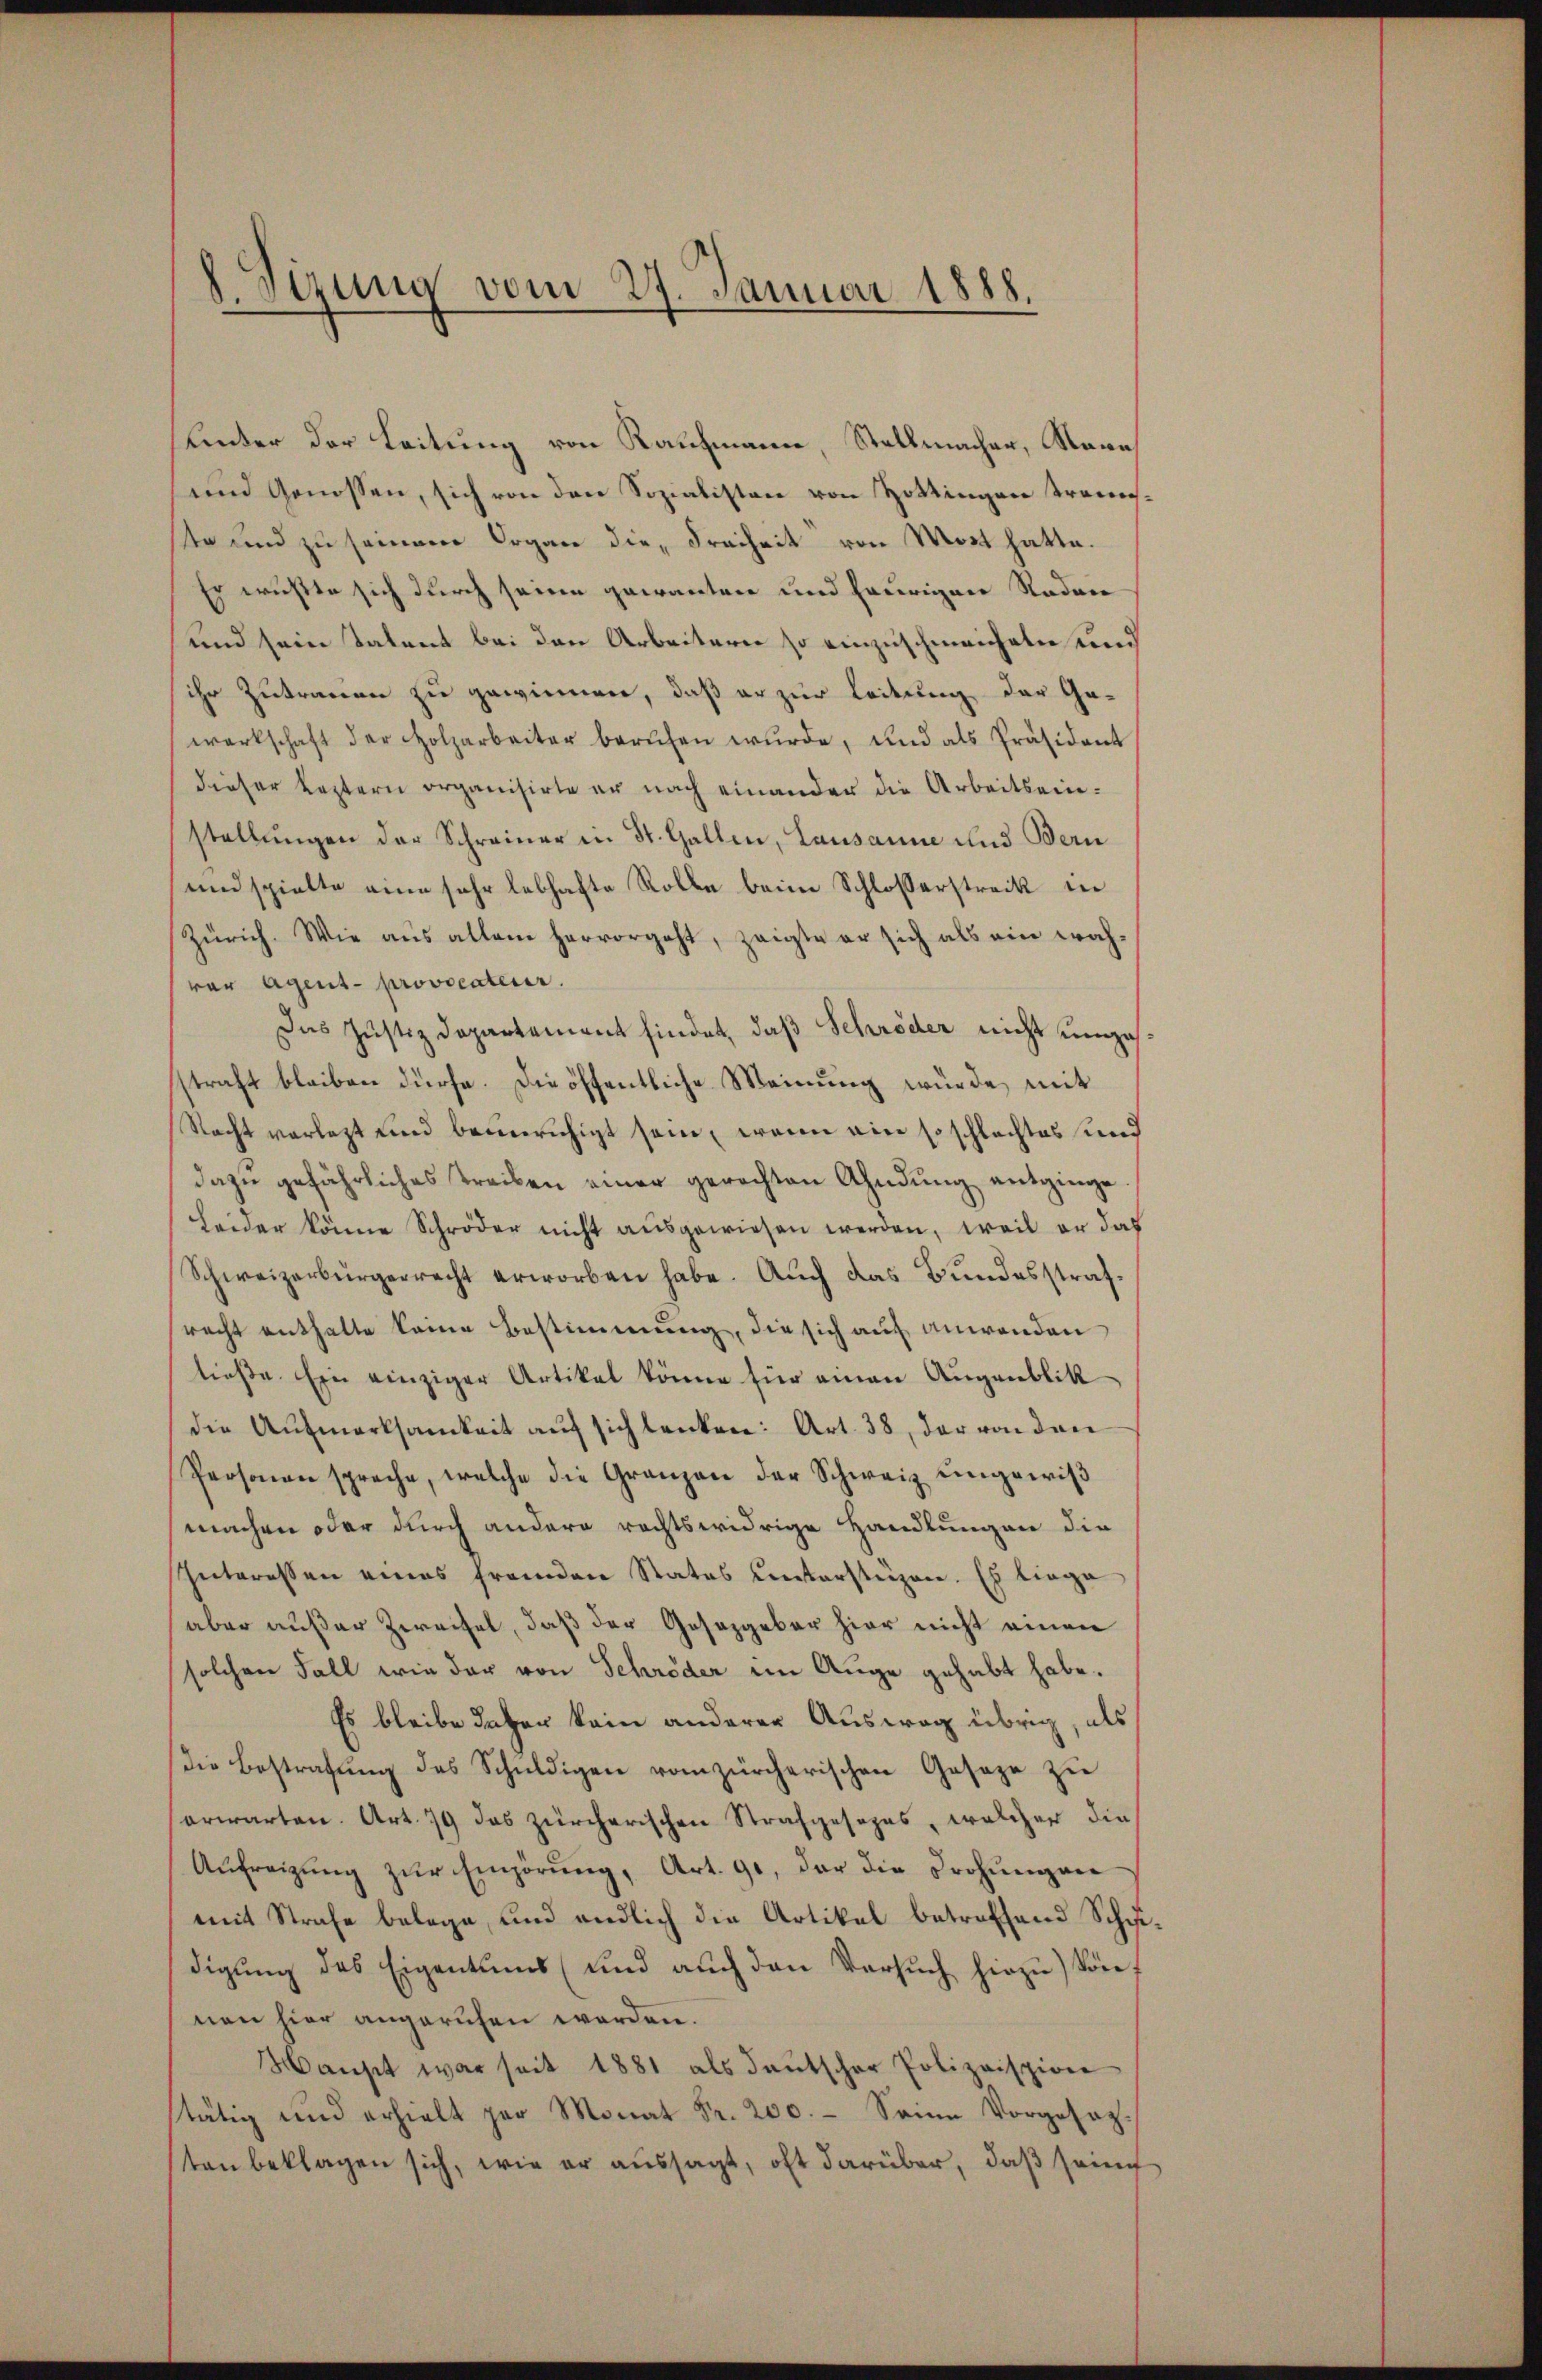
Sizung vom 27. Januar 1888.

Lnter der Leitung von Kaufmann, Stellmacher, Name
und Genossen, sich von den Sozialisten von Hottingen Transste und zu seinem Organ die Freiheit von Most hatte.
Er wußte sich durch seine gewanten und heurigen Rodare
und sein Talent bei den Arbeitern so einzuschmeicheln und
ihr Zutrauen zu gewinnen, daß er zur Leitung der Ge-
wartschaft der Holzarbeiter berŭfen wŭrde, und als Präsident
dieser Leztern organisirte er nach einander die Arbeitseinstellŭngen der Schreiner in St. Gallen, Lausanne und Bern
und spielte eine sehr lebhafte Rolle beim Schlosserstreck in
Zürich. Wie aus allem hervorgeht, zeigte er sich als ein wach-
vor Agent- provocateur.
Das Justizdepartement findet, daß Schröder nicht umzusstraft bleiben dürfe. Die öffentliche Meinung würde, mit
Recht verletzt und beunruhigt sein, wenn ein so schlechtes und
dazŭ gefährliches Treiben einer gerechten Ahndŭng entginge
Leider könne Schröder nicht ausgewiesen werden, weil er das
Schweizerbürgerrecht erworben habe. Auch das Bundesstrafrecht enthalte keine Bestimmung, die sich auf anwenden
ließe. Ein einziger Artikel könne für einen Augenblik
die Aufmerksamkeit aŭf sich lenken: Art. 38, der von drei
Personen spreche, welche die Granzen der Schweiz ungewiß
machen oder durch andern rechtswidrige Handlungen die
Interessen eines fremden Statos untersteigen. Es liege
aber außer Zweifel, daß der Gesetzgebar hier nicht einen
solchen Fall wie der von Schröder im Auge gehabt habe.
Es bleibe daher kein anderer Ausweg übrig, als
die Bestrafung des Schuldigen vom zürcherischen Geseze zu
erwarten. Art. 79 das zürcherischen Strafgesezes, welcher die
Aŭfreizŭng zŭr Empörŭng, Art. 91, der die Drohungen
mit Strafe belege, und endlich die Artikel betreffend Schwedigŭng des Eigentums (und aŭch den Versŭch hirzŭ) können hier angerufen worden.
Haust war seit 1881 als deutscher Polizeispion
stätig und erhielt gar Monat Fr. 200.- Seine Vorgesagten beklagen sich, wie er aussagt, oft darüber, daß seine